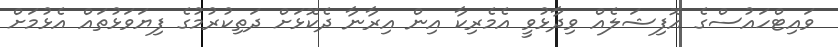
ވައިޓްހައުސްގެ އޮފިޝަލެއް ވިދާޅުވީ އެމެރިކާ އިން އިރާނާ ދެކޮޅަށް ދަތިކުރުމުގެ ފިޔަވަޅުތައް އެޅުމަށް